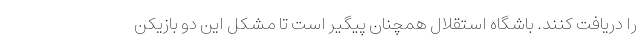
را دریافت کنند. باشگاه استقلال همچنان پیگیر است تا مشکل این دو بازیکن